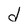
Character: d